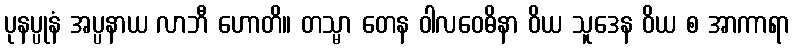
ပုနပ္ပုနံ အပ္ပနာယ လာဘီ ဟောတိ။ တသ္မာ တေန ဝါလဝေဓိနာ ဝိယ သူဒေန ဝိယ စ အာကာရာ